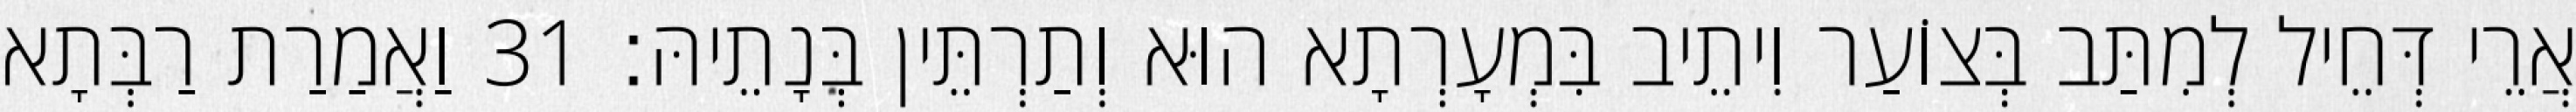
אֲרֵי דְּחֵיל לְמִתַּב בְּצוֹעַר וִיתֵיב בִּמְעָרְתָא הוּא וְתַרְתֵּין בְּנָתֵיהּ׃ 31 וַאֲמַרַת רַבְּתָא